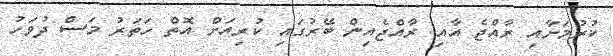
ކުރުމަށާއި ރާއްޖެ އާއި ރާއްޖެއިން ބޭރުގައި ކުރިއަށް އޮތް ހަތަރު މަސް ދުވަހު